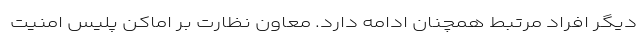
دیگر افراد مرتبط همچنان ادامه دارد. معاون نظارت بر اماکن پلیس امنیت